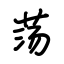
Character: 荡